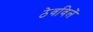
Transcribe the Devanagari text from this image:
ठेवविलें